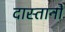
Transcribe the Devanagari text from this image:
दास्तानों